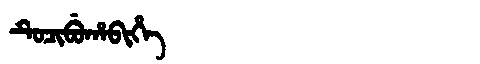
Manchu: ᡨᡠᠴᡳᠪᡠᡥᠠᠪᡳᡥᡝ
Romanization: TUCIBUHABIHE